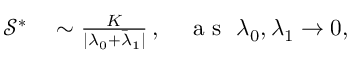
\begin{array} { r l } { \mathcal { S } ^ { * } } & { { } \sim \frac { K } { \vert \lambda _ { 0 } + \bar { \lambda } _ { 1 } \vert } \, , ~ ~ ~ \mathrm { ~ a ~ s ~ } ~ \lambda _ { 0 } , \lambda _ { 1 } \rightarrow 0 , } \end{array}